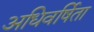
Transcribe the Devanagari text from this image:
अधिवर्षिता